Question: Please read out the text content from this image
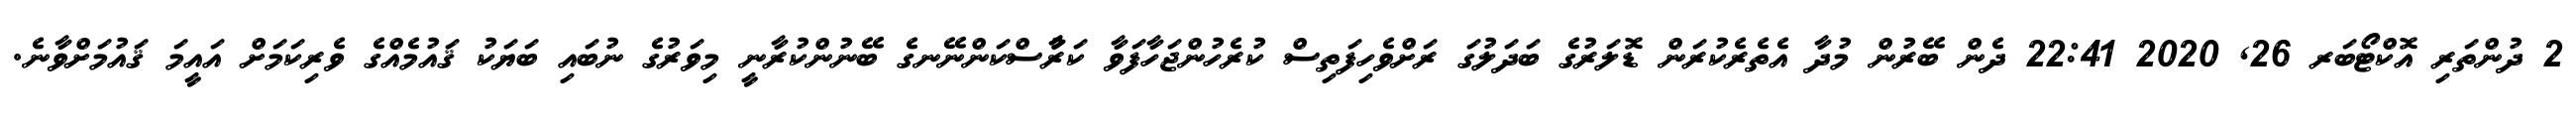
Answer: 2 ދުންތަރި އޮކްޓޯބަރ 26, 2020 22:41 ދެން ބޭރުން މުދާ އެތެރެކުރަން ޑޮލަރުގެ ބަދަލުގަ ރަށްވެހިފަތިސް ކުރެހުންޖަހާފަވާ ކަރުާސްކަންނޭނގެ ބޭނުންކުރާނީ މިވަރުގެ ނުބައި ބަޔަކު ޤައުމެއްގެ ވެރިކަމަށް އައީމަ ޤައުމަށްވާނެ.